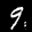
Digit: 9